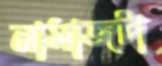
নামাজটা